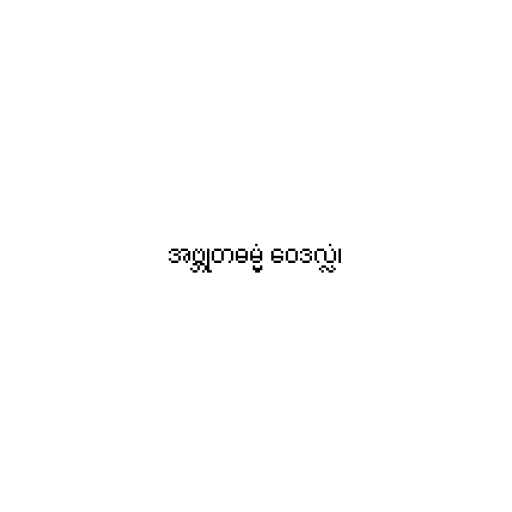
အဗ္ဘုတဓမ္မံ ဝေဒလ္လံ၊